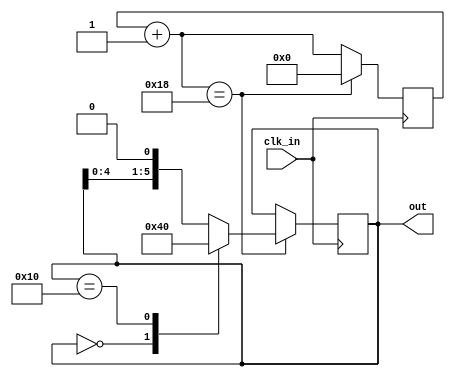
`default_nettype none

module MuxCounter #(parameter TIMING_SCALE=24, OUT_WIDTH=5, MAX=5, MIN=0)(
	input wire clk_in,
	output reg[OUT_WIDTH:0] out
);
	reg [$clog2(TIMING_SCALE):0] counter;

	always @(posedge clk_in)
	begin
		counter = counter + 1;

		if(counter == TIMING_SCALE) begin
			counter = 0;
			case (out)
				0 : out <= 1;
				2**(MAX-1): out <= MIN;
				default : out <= (out << 1);
			endcase
		end
	end
endmodule